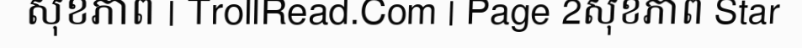
សុខភាព | TrollRead.Com | Page 2សុខភាព Star